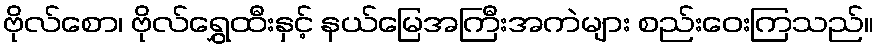
ဗိုလ်စော၊ ဗိုလ်ရွှေထီးနှင့် နယ်မြေအကြီးအကဲများ စည်းဝေးကြသည်။